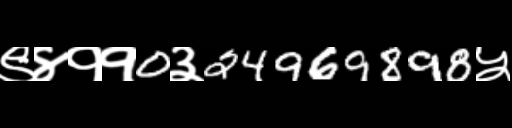
Text: ९४११0३24969898५